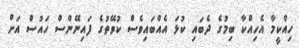
ހިއްކީމާ އެހިއްކާ ބިމުގެ ދެބައި ކުޅަ އެއްބައިވެސް ކުވޭތުގެ ފައިނޭންސް ހައުސް އަށް